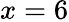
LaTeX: x=6